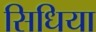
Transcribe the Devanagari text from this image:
सिधिया